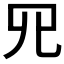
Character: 𦉭